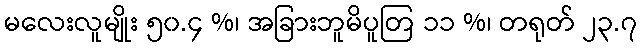
မလေးလူမျိုး ၅၀.၄ %၊ အခြားဘူမိပူတြ ၁၁ %၊ တရုတ် ၂၃.၇